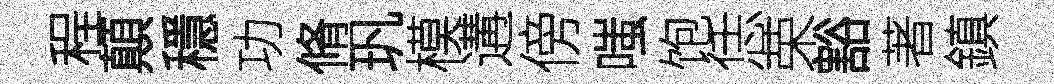
程顛穩功脩㺬模遘傍嗤饱恁荣豁著鎮